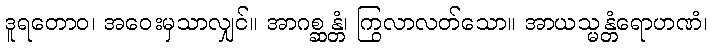
ဒူရတောဝ၊ အဝေးမှသာလျှင်။ အာဂစ္ဆန္တံ၊ ကြွလာလတ်သော။ အာယသ္မန္တံရောဟဏံ၊